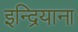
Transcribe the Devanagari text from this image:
इन्द्रियाना